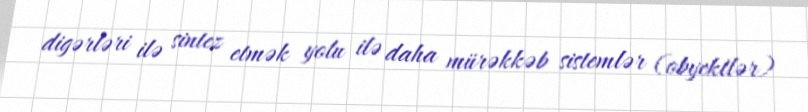
digərləri ilə sintez etmək yolu ilə daha mürəkkəb sistemlər (obyektlər)